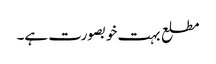
مطلع بہت خوبصورت ہے۔